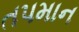
તપમાન